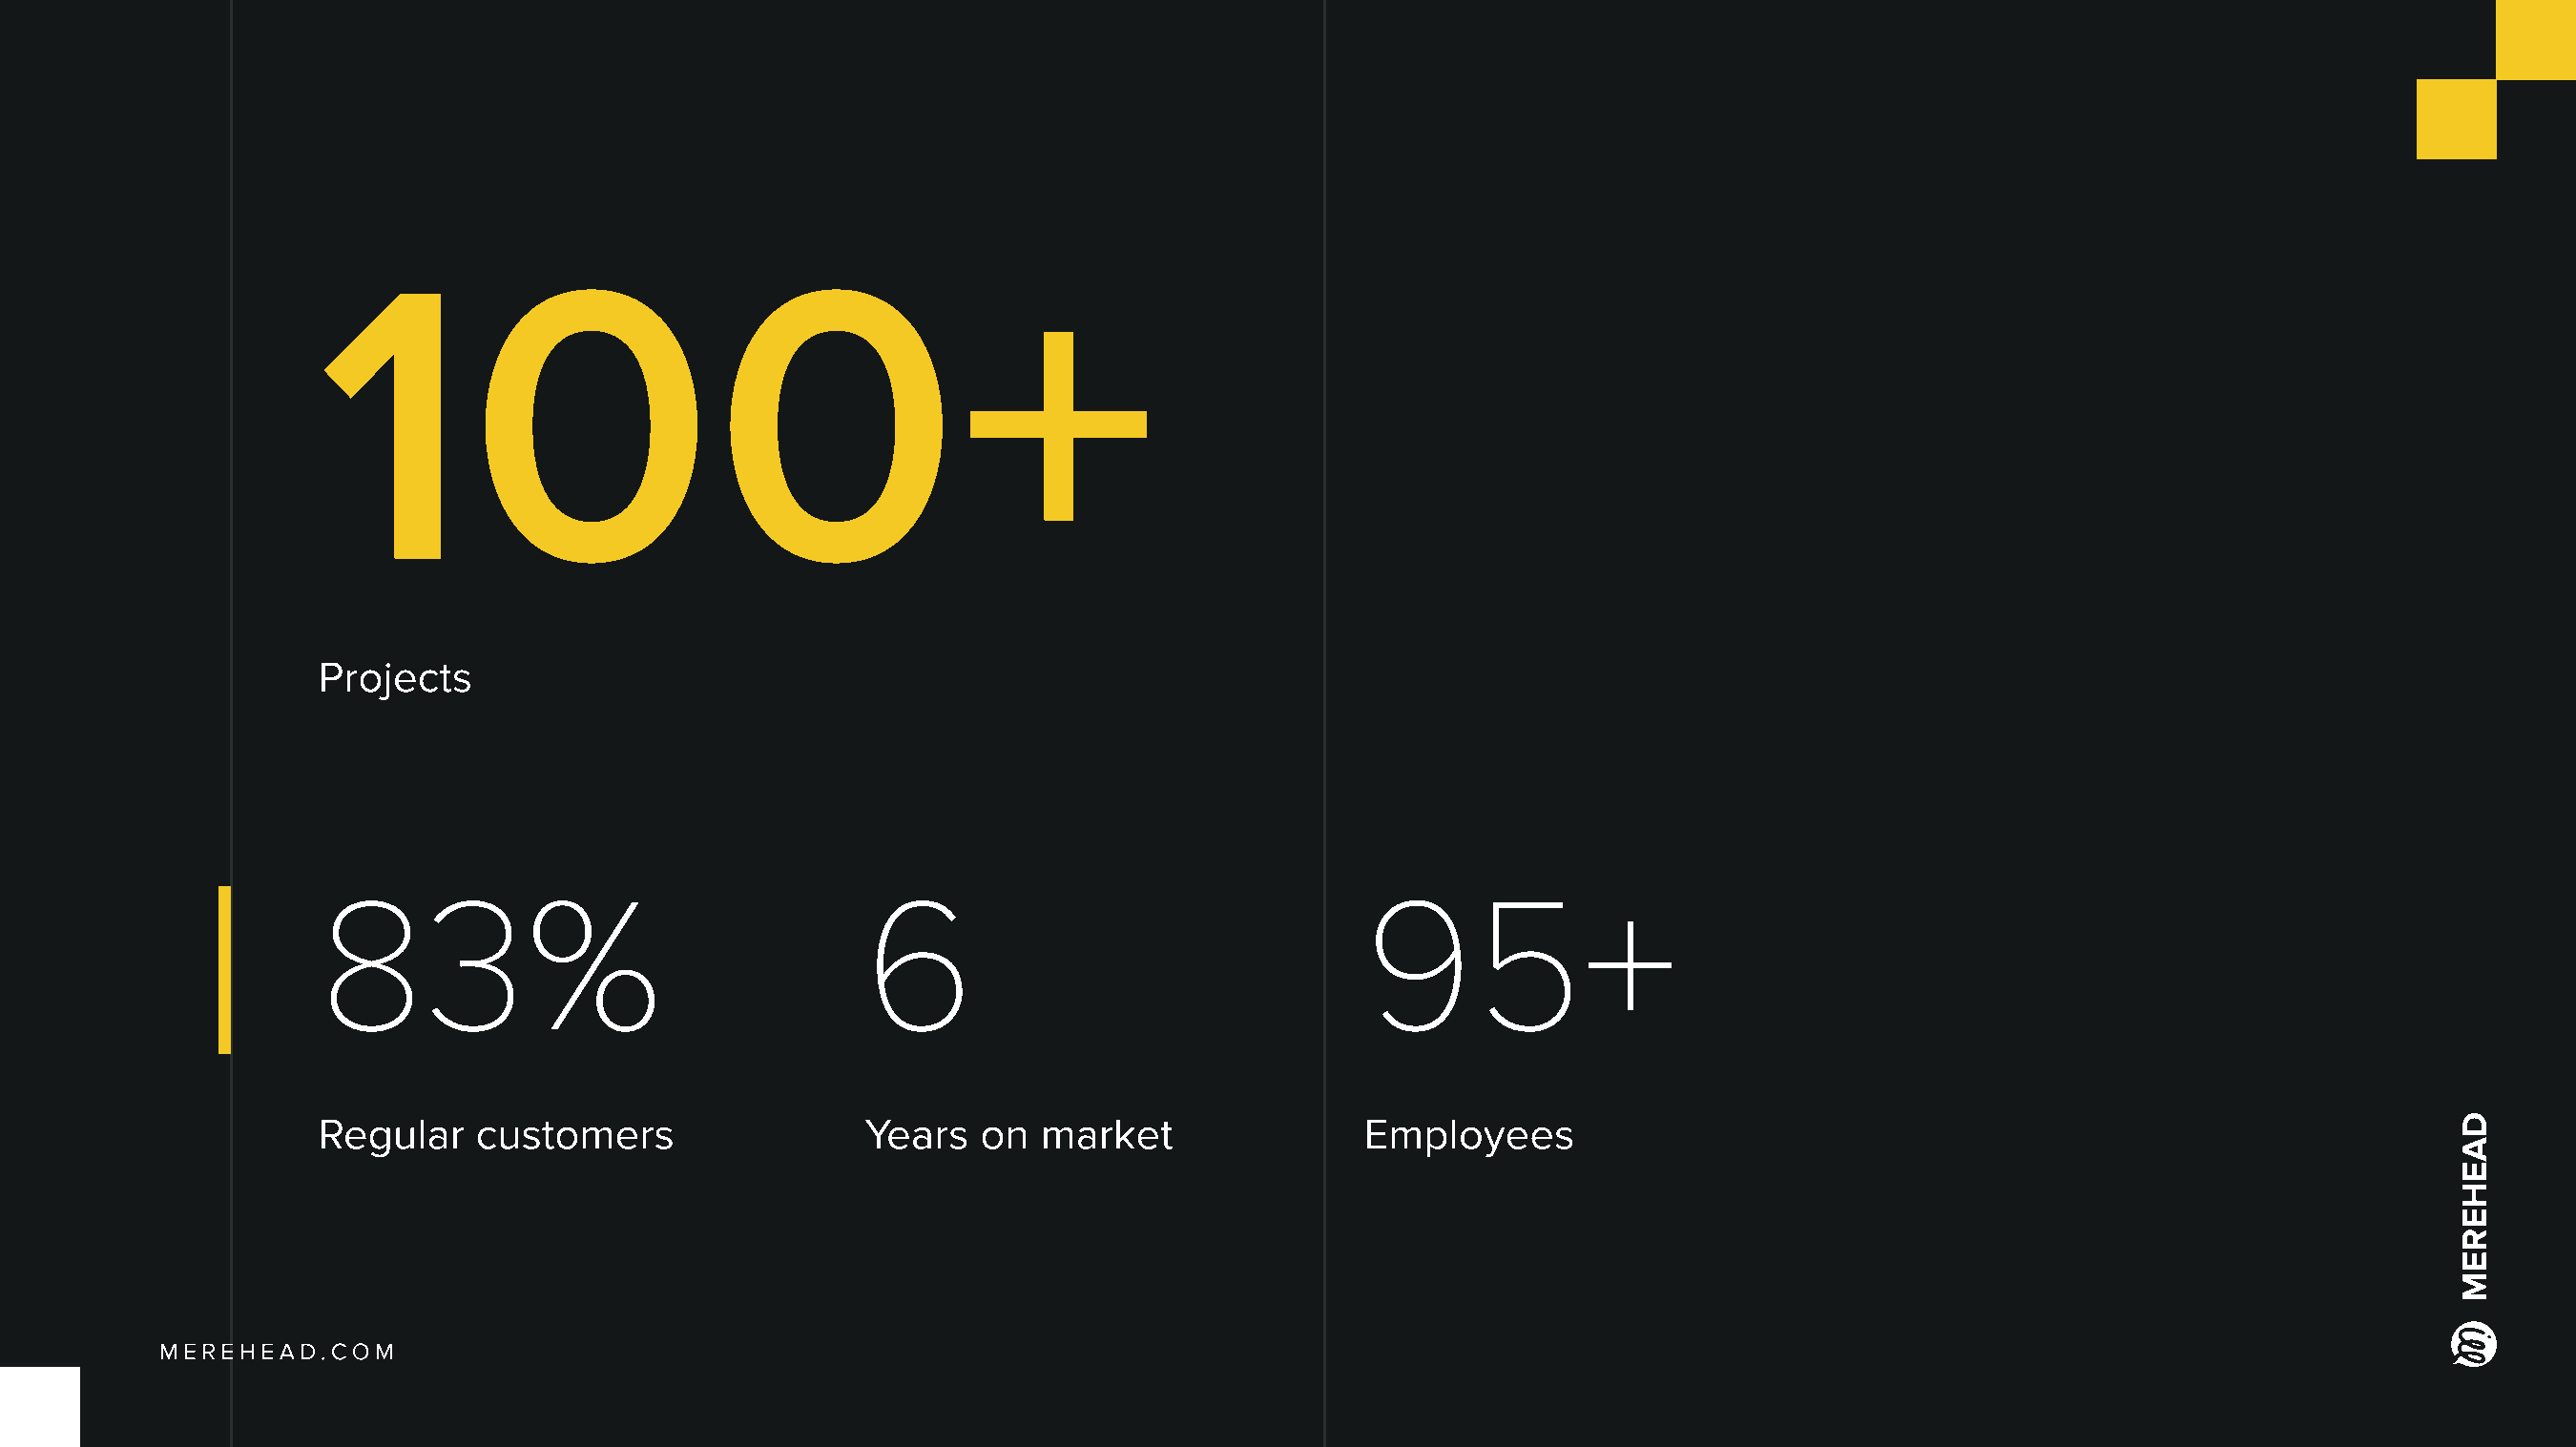
100+
 Projects
 83%                                   6                                  95+
 Regular    customers                  Years   on  market                 Employees
 Merehead.com